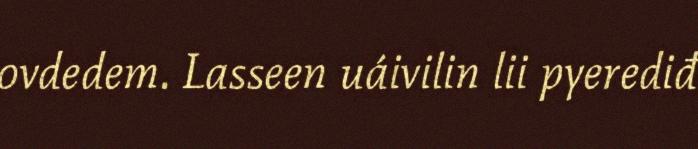
ovdedem. Lasseen uáivilin lii pyerediđ